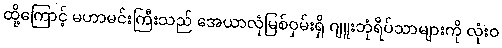
ထို့ကြောင့် မဟာမင်းကြီးသည် အေယာလုံမြစ်ဝှမ်းရှိ ဂျူးဘုံရိပ်သာများကို လုံးဝ